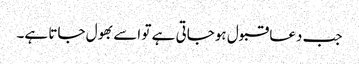
جب دعا قبول ہوجاتی ہے تو اسے بھول جاتا ہے۔